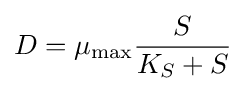
D=\mu _{\max }{S \over K_{S}+S}